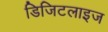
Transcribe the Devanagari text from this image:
डिजिटलाइज